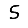
Digit: 5